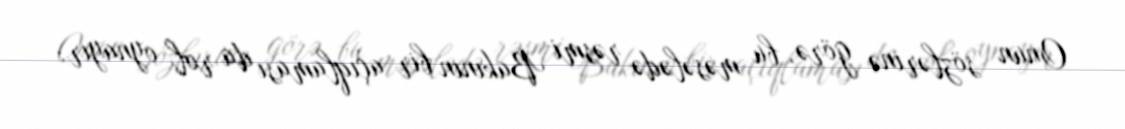
Onun sözlərinə görə, bu məsələdə rəsmi Bakının bir açıqlaması da rol oynayır: